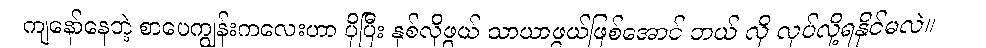
ကျနော်နေတဲ့ စာပေကျွန်းကလေးဟာ ပိုပြီး နှစ်လိုဖွယ် သာယာဖွယ်ဖြစ်အောင် ဘယ် လို လုပ်လို့ရနိုင်မလဲ။